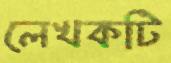
লেখকটি